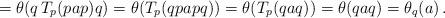
LaTeX: \begin{align*}= \theta (q \,T_p(pap) q)= \theta (T_p(qpapq)) = \theta (T_p(qaq)) = \theta(qaq) = \theta_q(a)\,.\end{align*}